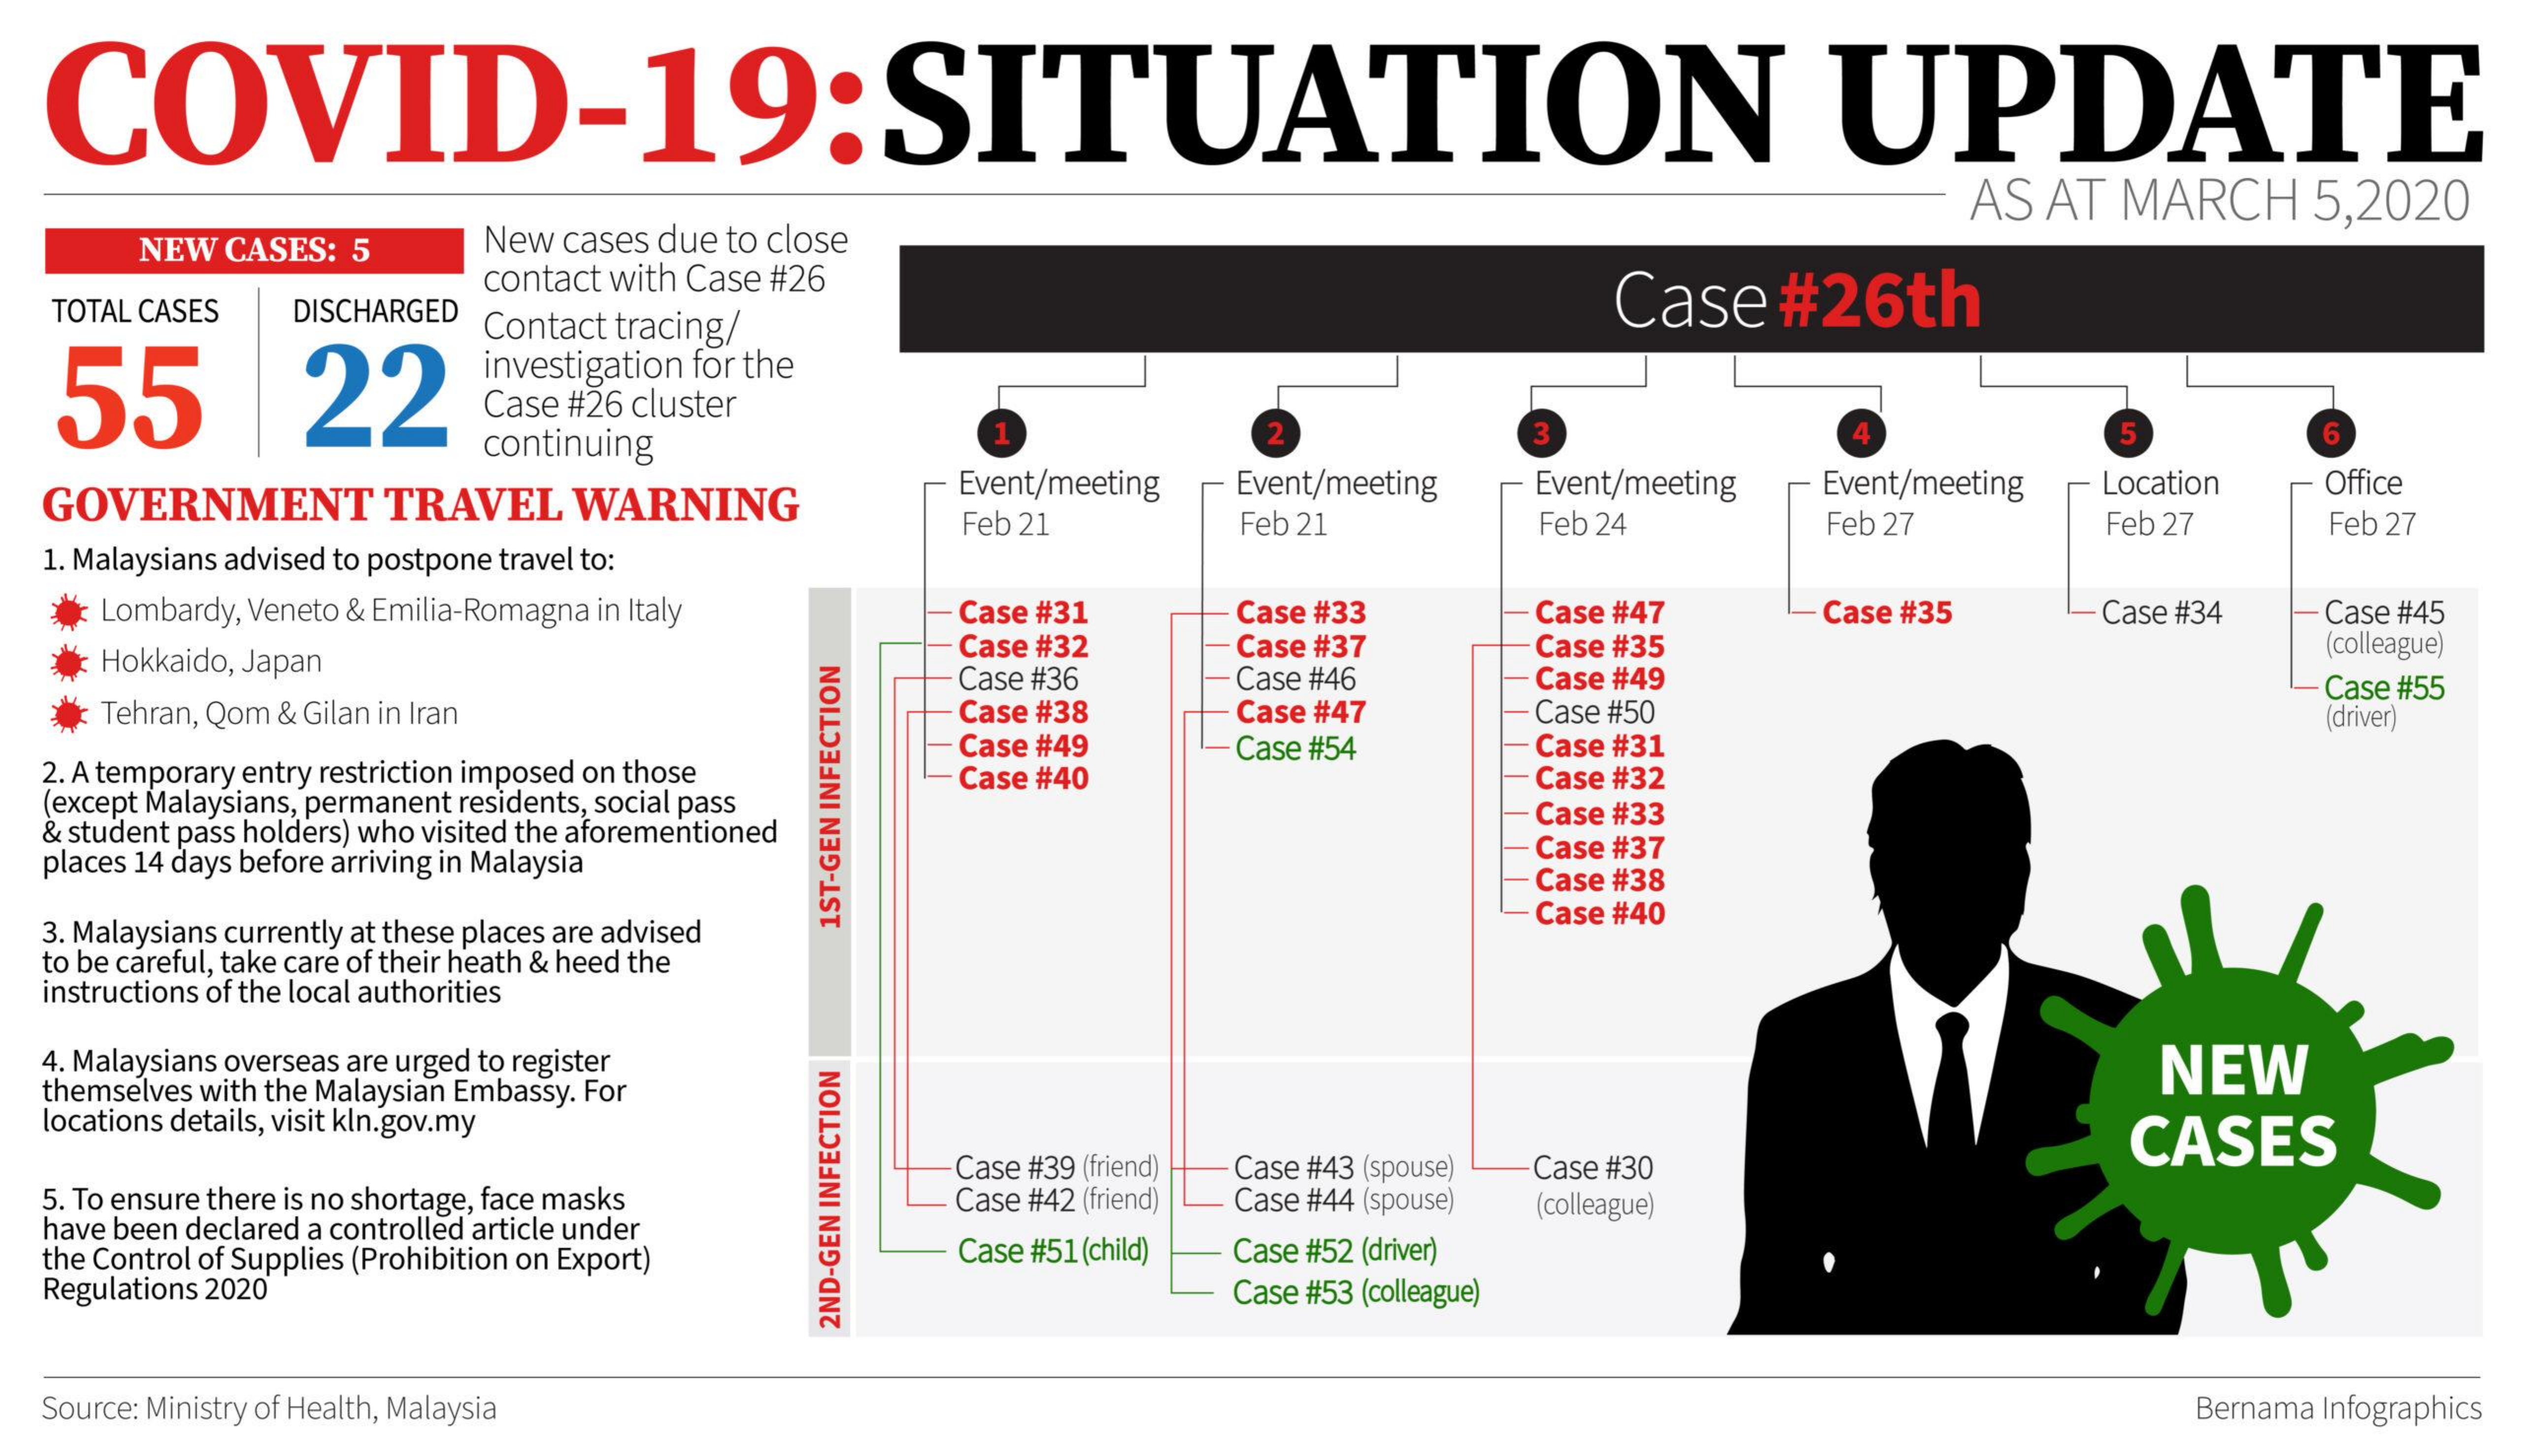
COVID-19:SITUATION    UPDATE
     AS AT MARCH 5,2020
     NEW CASES: 5 New cases due to close
  TOTAL CASES DISCHARGED
     contact with Case #26
     Case#26th
   55    22
     Contact tracing/
     investigation for the
     Case #26 cluster
     continuing
     1    2    3    4    5    6
  GOVERNMENT   TRAVEL WARNING    Event/meeting Event/meeting Event/meeting Event/meeting Location Office
     Feb 21    Feb 21    Feb 24    Feb 27    Feb 27  Feb 27
  1. Malaysians advised to postpone travel to:
    Lombardy, Veneto & Emilia-Romagna in Italy Case #31 Case #33 Case #47 Case #35 Case #34 Case #45
    Hokkaido, Japan
     Case #32  Case #37   Case #35    (colleague)
     Case #36  Case #46   Case #49
    Tehran, Qom & Gilan in Iran    Case #38  Case #47   Case #50
     Case #55
     Case #49  Case #54   Case #31
     (driver)
  2. A temporary entry restriction imposed on those
  (except Malaysians, permanent residents, social pass
     Case #40    Case #32
  & student pass holders) who visited the aforementioned
     Case #33
  places 14 days before arriving in Malaysia
     Case #37
     Case #38
  3. Malaysians currently at these places are advised
     Case #40
     1ST-GEN
     INFECTION
  to be careful, take care of their heath & heed the
  instructions of the local authorities
  4. Malaysians overseas are urged to register    NEW
  themselves with the Malaysian Embassy. For
  locations details, visit kln.gov.my
     CASES
     Case #39 (friend) Case #43 (spouse) Case #30
  5. To ensure there is no shortage, face masks
  have been declared a controlled article under
     Case #42 (friend) Case #44 (spouse) (colleague)
  the Control of Supplies (Prohibition on Export) Case #51 (child) Case #52 (driver)
  Regulations 2020    Case #53 (colleague)
     2ND-GEN
     INFECTION
  Source: Ministry of Health, Malaysia    Bernama Infographics